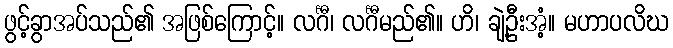
ဖွင့်ခွာအပ်သည်၏ အဖြစ်ကြောင့်။ လင်္ဂီ၊ လင်္ဂီမည်၏။ ဟိ၊ ချဲ့ဦးအံ့။ မဟာပလိဃ